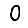
Digit: 0